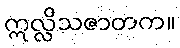
ဣလ္လိသဇာတက။